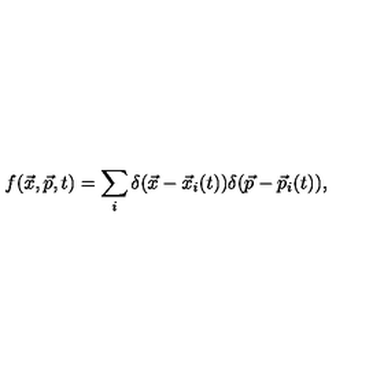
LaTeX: f ( \vec { x } , \vec { p } , t ) = \sum _ { i } \delta ( \vec { x } - { \vec { x } } _ { i } ( t ) ) \delta ( \vec { p } - { \vec { p } } _ { i } ( t ) ) ,